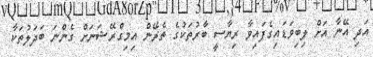
އަދި އޭނާ އަށް ލިބިވަޑައިގެފައިވާ ރިޔާސީ ބާރުތަކުގެ ތެރޭން އިމިގްރޭޝަނަށް ގެންނަ ބަދަލުތަކާ